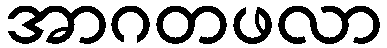
အာဂတဖလာ